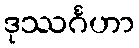
ဒုဿင်္ဂဟာ